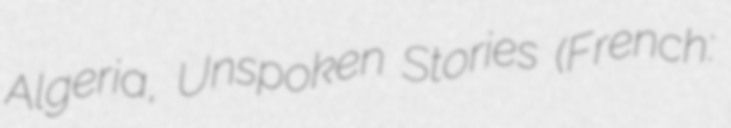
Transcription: Algeria, Unspoken Stories (French: